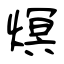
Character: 熐